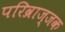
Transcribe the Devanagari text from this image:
परिव्राज्जक